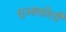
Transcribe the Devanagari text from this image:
सुआखोली